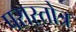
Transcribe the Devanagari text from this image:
परास्तोत्र